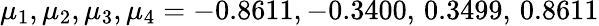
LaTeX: \mu_{1},\mu_{2},\mu_{3},\mu_{4}=-0.8611,-0.3400,\, 0.3499,\, 0.8611